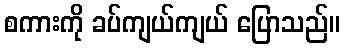
စကားကို ခပ်ကျယ်ကျယ် ပြောသည်။